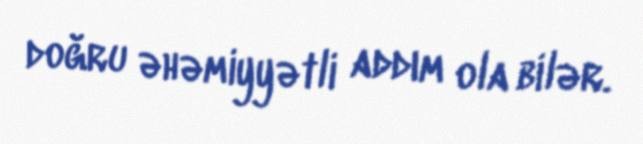
doğru əhəmiyyətli addım ola bilər.